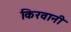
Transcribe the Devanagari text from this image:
किरवानी